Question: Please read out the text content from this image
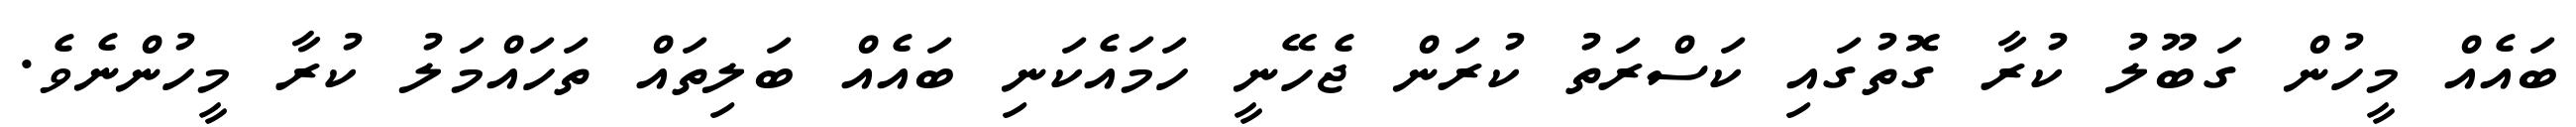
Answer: ބައެއް މީހުން ގަބޫލު ކުރާ ގޮތުގައި ކަސްރަތު ކުރަން ޖެހޭނީ ހަމައެކަނި ބައެއް ބަލިތައް ތަހައްމަލު ކުރާ މީހުންނެވެ.